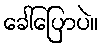
ခေါ်ပြောပဲ။